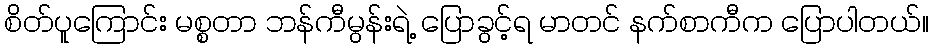
စိတ်ပူကြောင်း မစ္စတာ ဘန်ကီမွန်းရဲ့ ပြောခွင့်ရ မာတင် နက်စာကီက ပြောပါတယ်။